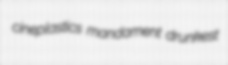
cineplastics mandament drunkest